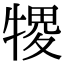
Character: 㹄